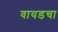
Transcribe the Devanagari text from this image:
वायडचा